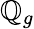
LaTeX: \mathbb{Q}_{g}